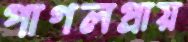
পাগলপ্রায়